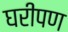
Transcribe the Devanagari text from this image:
घरीपण